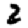
Digit: 2